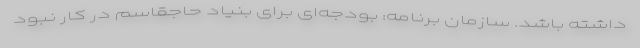
داشته باشد. سازمان برنامه: بودجه‌ای برای بنیاد حاجقاسم در کار نبود